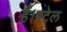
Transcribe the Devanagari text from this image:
हैं।पटेल